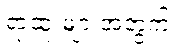
ရာထူးများအတွက်